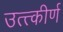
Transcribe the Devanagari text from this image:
उत्त्कीर्ण